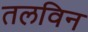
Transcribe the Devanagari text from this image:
तलविन